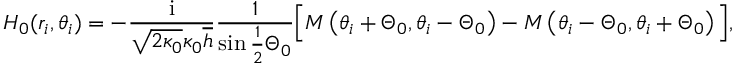
H _ { 0 } ( r _ { i } , \theta _ { i } ) = - \frac { \mathrm { i } } { \sqrt { 2 \kappa _ { 0 } } \kappa _ { 0 } \overline { { h } } } \frac { 1 } { \sin \frac { 1 } { 2 } \Theta _ { 0 } } \Big [ M \left( \theta _ { i } + \Theta _ { 0 } , \theta _ { i } - \Theta _ { 0 } \right) - M \left( \theta _ { i } - \Theta _ { 0 } , \theta _ { i } + \Theta _ { 0 } \right) \Big ] ,